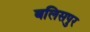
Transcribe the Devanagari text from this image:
बलिसपुर